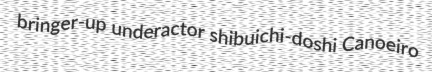
bringer-up underactor shibuichi-doshi Canoeiro